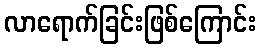
လာရောက်ခြင်းဖြစ်ကြောင်း